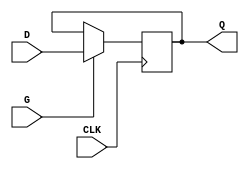
module edge_triggered_gated_latch (
    input wire D,       // Data Input
    input wire CLK,     // Clock Input
    input wire G,       // Gate/Enable Signal
    output reg Q        // Output
);

    // Always block triggered on the rising edge of CLK
    always @(posedge CLK) begin
        if (G) begin
            Q <= D;    // Capture the value of D if G is high
        end
        // If G is low, Q retains its previous value
    end

endmodule